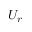
U _ { r }